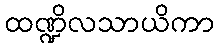
ထဏ္ဍိလသာယိကာ